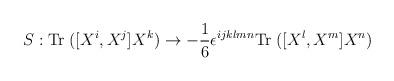
LaTeX: \begin{align*}S:{\rm Tr}\; ([X^i, X^j] X^k) \rightarrow-{1 \over 6} \epsilon^{ijklmn} {\rm Tr}\; ([X^l, X^m] X^n)\end{align*}